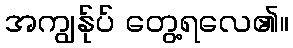
အကျွန်ုပ် တွေ့ရလေ၏။